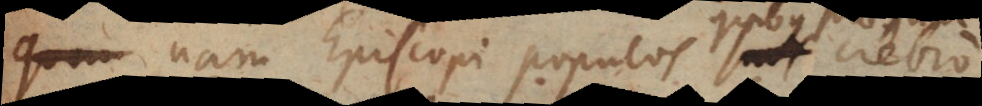
nam Episcopi populos suos